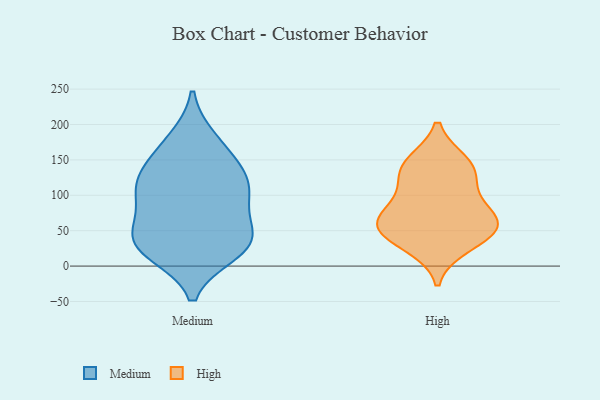
{"axis": {"x": "Bounce Rate (%)", "y": "Value"}, "legend": ["High", "Medium"], "data": [{"x": "", "y": 132, "type": "Medium"}, {"x": "", "y": 63, "type": "Medium"}, {"x": "", "y": 98, "type": "Medium"}, {"x": "", "y": 101, "type": "Medium"}, {"x": "", "y": 35, "type": "Medium"}, {"x": "", "y": 20, "type": "Medium"}, {"x": "", "y": 34, "type": "Medium"}, {"x": "", "y": 123, "type": "Medium"}, {"x": "", "y": 178, "type": "Medium"}, {"x": "", "y": 163, "type": "Medium"}, {"x": "", "y": 38, "type": "Medium"}, {"x": "", "y": 27, "type": "Medium"}, {"x": "", "y": 114, "type": "Medium"}, {"x": "", "y": 63, "type": "High"}, {"x": "", "y": 29, "type": "High"}, {"x": "", "y": 130, "type": "High"}, {"x": "", "y": 146, "type": "High"}, {"x": "", "y": 53, "type": "High"}, {"x": "", "y": 74, "type": "High"}, {"x": "", "y": 141, "type": "High"}, {"x": "", "y": 60, "type": "High"}, {"x": "", "y": 46, "type": "High"}, {"x": "", "y": 100, "type": "High"}]}